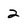
Character: 2